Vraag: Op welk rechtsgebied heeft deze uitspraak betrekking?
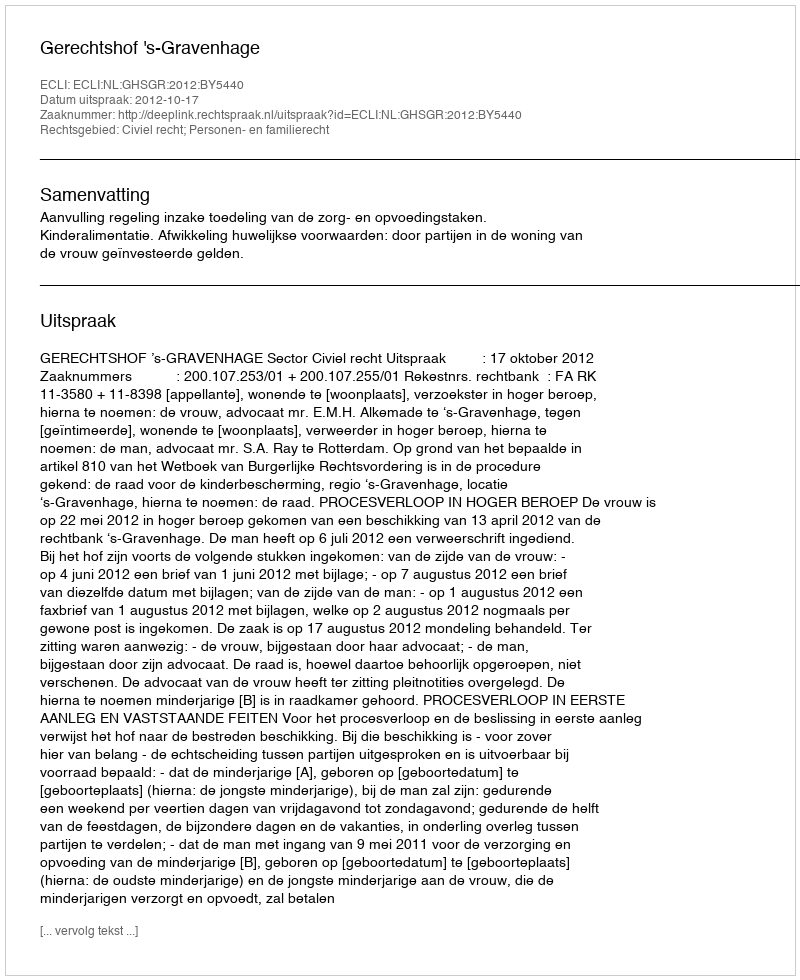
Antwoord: Civiel recht; Personen- en familierecht